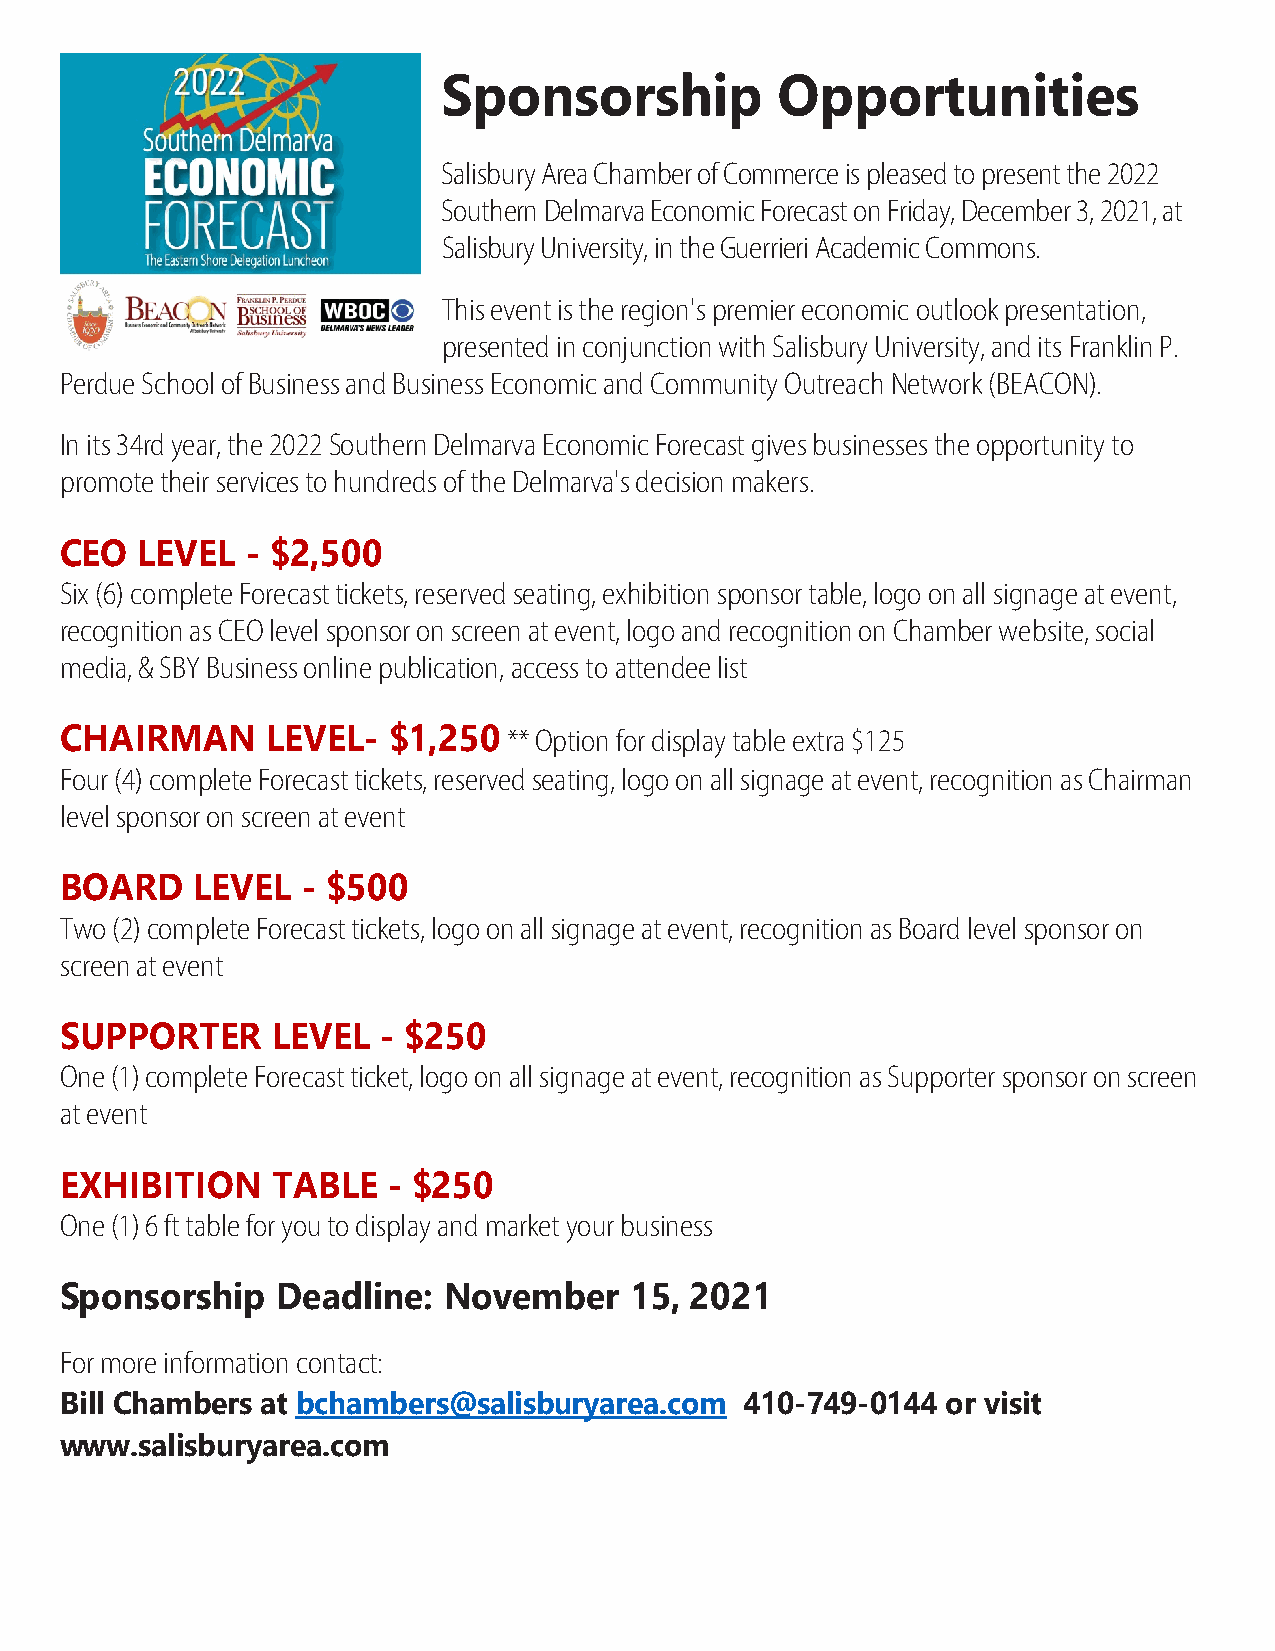
Sponsorship           Opportunities
 Salisbury Area Chamber of Commerce is pleased to present the 2022
 Southern Delmarva Economic Forecast on Friday, December 3, 2021, at
 Salisbury University, in the Guerrieri Academic Commons.
 This event is the region's premier economic outlook presentation,
 presented in conjunction with Salisbury University, and its Franklin P.
 Perdue School of Business and Business Economic and Community Outreach Network (BEACON).
 In its 34rd year, the 2022 Southern Delmarva Economic Forecast gives businesses the opportunity to
 promote their services to hundreds of the Delmarva's decision makers.
 CEO  LEVEL  - $2,500
 Six (6) complete Forecast tickets, reserved seating, exhibition sponsor table, logo on all signage at event,
 recognition as CEO level sponsor on screen at event, logo and recognition on Chamber website, social
 media, & SBY Business online publication, access to attendee list
 CHAIRMAN      LEVEL-  $1,250  ** Option for display table extra $125
 Four (4) complete Forecast tickets, reserved seating, logo on all signage at event, recognition as Chairman
 level sponsor on screen at event
 BOARD    LEVEL  - $500
 Two (2) complete Forecast tickets, logo on all signage at event, recognition as Board level sponsor on
 screen at event
 SUPPORTER     LEVEL  - $250
 One (1) complete Forecast ticket, logo on all signage at event, recognition as Supporter sponsor on screen
 at event
 EXHIBITION    TABLE   - $250
 One (1) 6 ft table for you to display and market your business
 Sponsorship   Deadline:  November     15, 2021
 For more information contact:
 Bill Chambers at bchambers@salisburyarea.com 410-749-0144  or visit
 www.salisburyarea.com